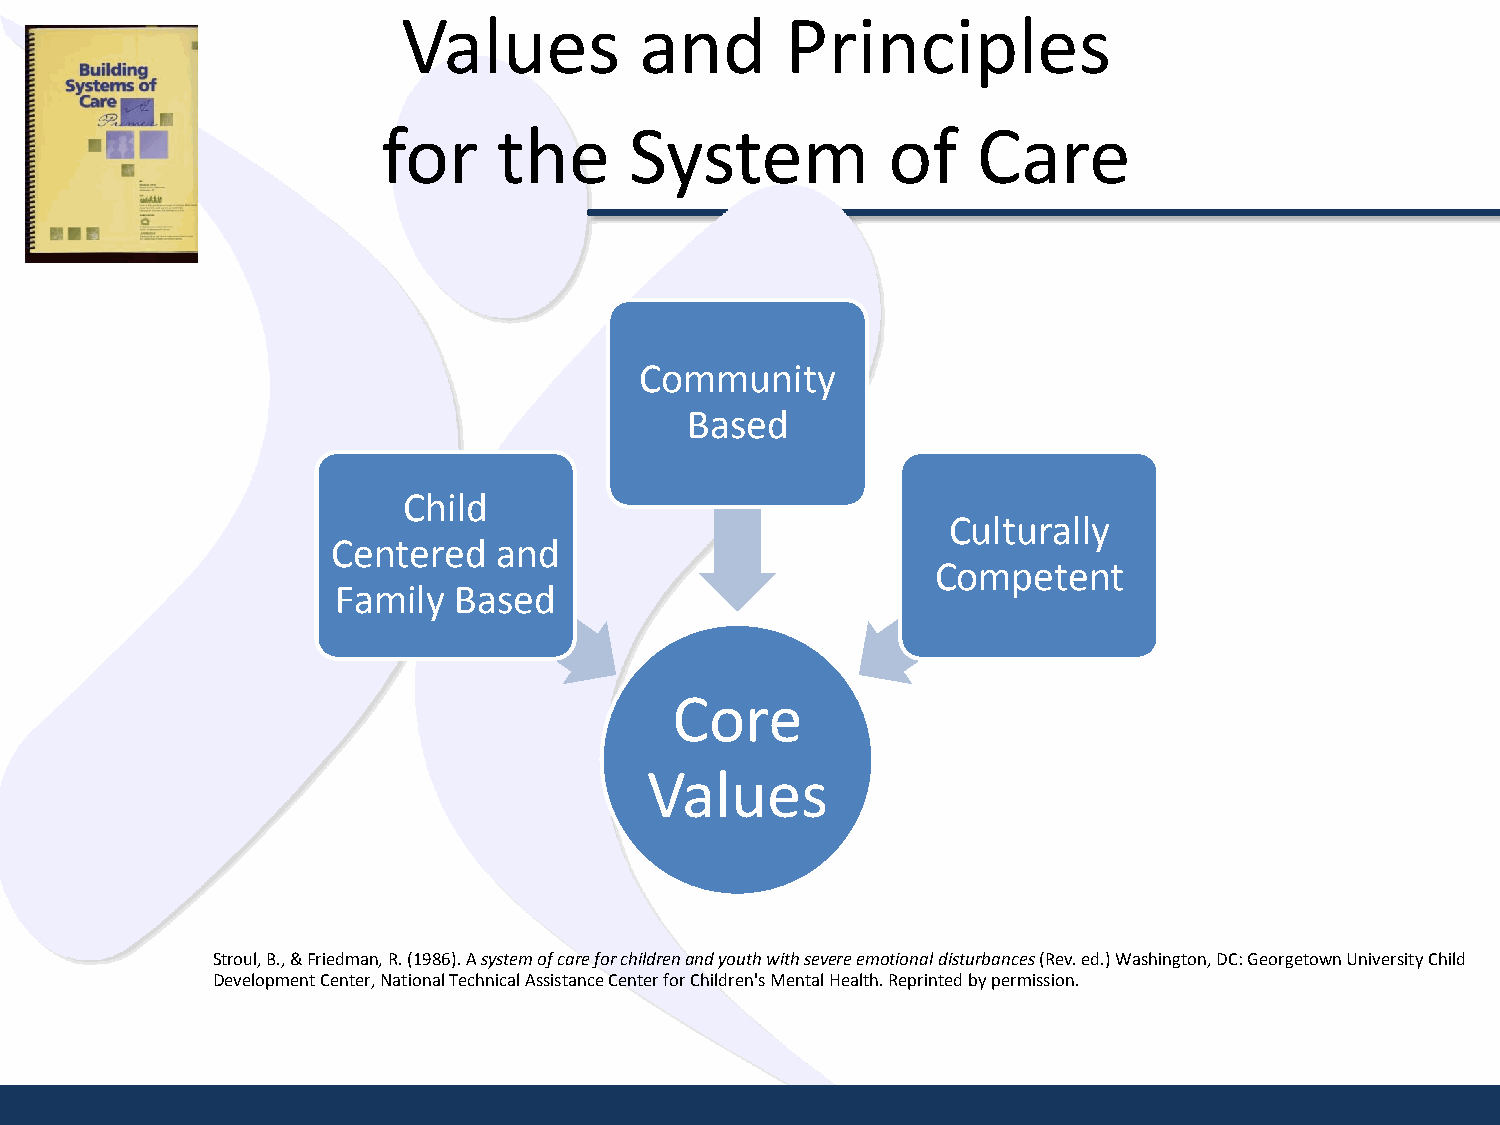
Values         and       Principles
 for     the      System           of    Care
 Community
 Based
 Child
 Culturally
 Centered   and
 Competent
 Family  Based
 Core
 Values
 Stroul, B., & Friedman, R. (1986). A system of care for children and youth with severe emotional disturbances (Rev. ed.) Washington, DC: Georgetown University Child
 Development Center, National Technical Assistance Center for Children's Mental Health. Reprinted by permission.